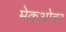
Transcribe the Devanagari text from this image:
मेकओवर